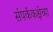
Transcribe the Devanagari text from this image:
संपर्ककक्षेच्या